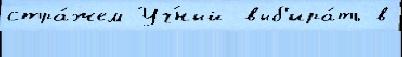
стра́жем Уч́ный выб'ира́ть в